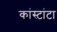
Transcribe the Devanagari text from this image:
कांस्टांटा